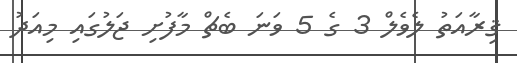
ޤިރާއަތު ލެވެލް 3 ގެ 5 ވަނަ ބެޗް މާފުށި ޖަލުގައި މިއަދު